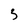
Character: 5